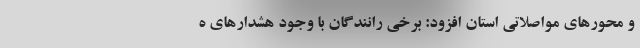
و محور‌های مواصلاتی استان افزود: برخی رانندگان با وجود هشدارهای ه